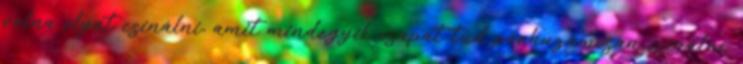
volna olyat csinálni, amit mindegyik csapat tud párhuzamosan csinálni.